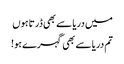
میں دریا سے بھی ڈرتا ہوں
تم دریا سے بھی گہرے ہو!